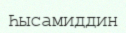
Һысамиддин